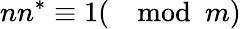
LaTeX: nn^{*}\equiv 1(\mod m)